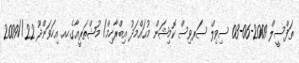
ތަފްސީލް 2009-06-03 ސިވިލް ސަރވިސް ކޮމިޝަން މުޙައްމަދު އިބްރާހިމް/ މުޝްތަރީއާގެހއ. އިހަވަންދޫ 22//2009